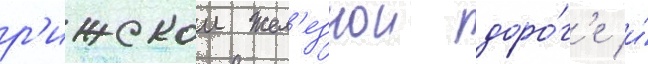
р'ижскои жел'езнои доро́г'е и́